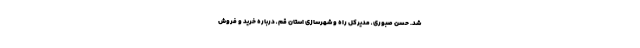
شد. حسن صبوری ـ مدیرکل راه و شهرسازی استان قم ـ درباره خرید و فروش